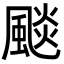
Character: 颷